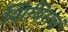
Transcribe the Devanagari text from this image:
शिबिरांचं